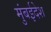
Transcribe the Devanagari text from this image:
मुंबईदेश